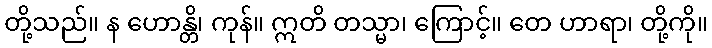
တို့သည်။ န ဟောန္တိ၊ ကုန်။ ဣတိ တသ္မာ၊ ကြောင့်။ တေ ဟာရာ၊ တို့ကို။